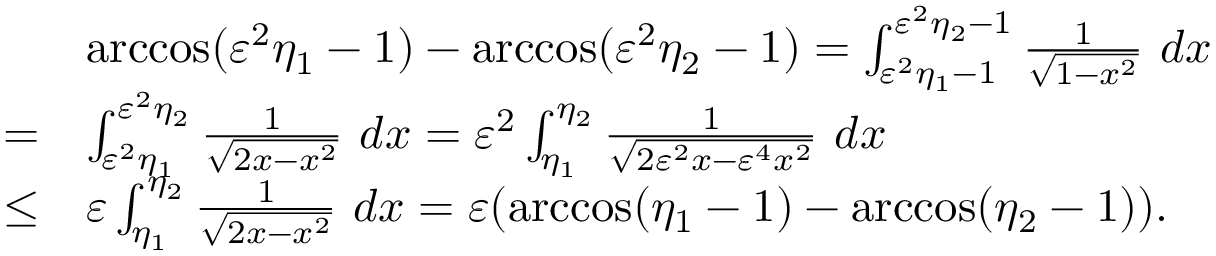
\begin{array} { r l } & { \operatorname { a r c c o s } ( \varepsilon ^ { 2 } \eta _ { 1 } - 1 ) - \operatorname { a r c c o s } ( \varepsilon ^ { 2 } \eta _ { 2 } - 1 ) = \int _ { \varepsilon ^ { 2 } \eta _ { 1 } - 1 } ^ { \varepsilon ^ { 2 } \eta _ { 2 } - 1 } \frac { 1 } { \sqrt { 1 - x ^ { 2 } } } \ d x } \\ { = } & { \int _ { \varepsilon ^ { 2 } \eta _ { 1 } } ^ { \varepsilon ^ { 2 } \eta _ { 2 } } \frac { 1 } { \sqrt { 2 x - x ^ { 2 } } } \ d x = \varepsilon ^ { 2 } \int _ { \eta _ { 1 } } ^ { \eta _ { 2 } } \frac { 1 } { \sqrt { 2 \varepsilon ^ { 2 } x - \varepsilon ^ { 4 } x ^ { 2 } } } \ d x } \\ { \leq } & { \varepsilon \int _ { \eta _ { 1 } } ^ { \eta _ { 2 } } \frac { 1 } { \sqrt { 2 x - x ^ { 2 } } } \ d x = \varepsilon ( \operatorname { a r c c o s } ( \eta _ { 1 } - 1 ) - \operatorname { a r c c o s } ( \eta _ { 2 } - 1 ) ) . } \end{array}